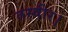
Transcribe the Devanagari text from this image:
तस्वीर।